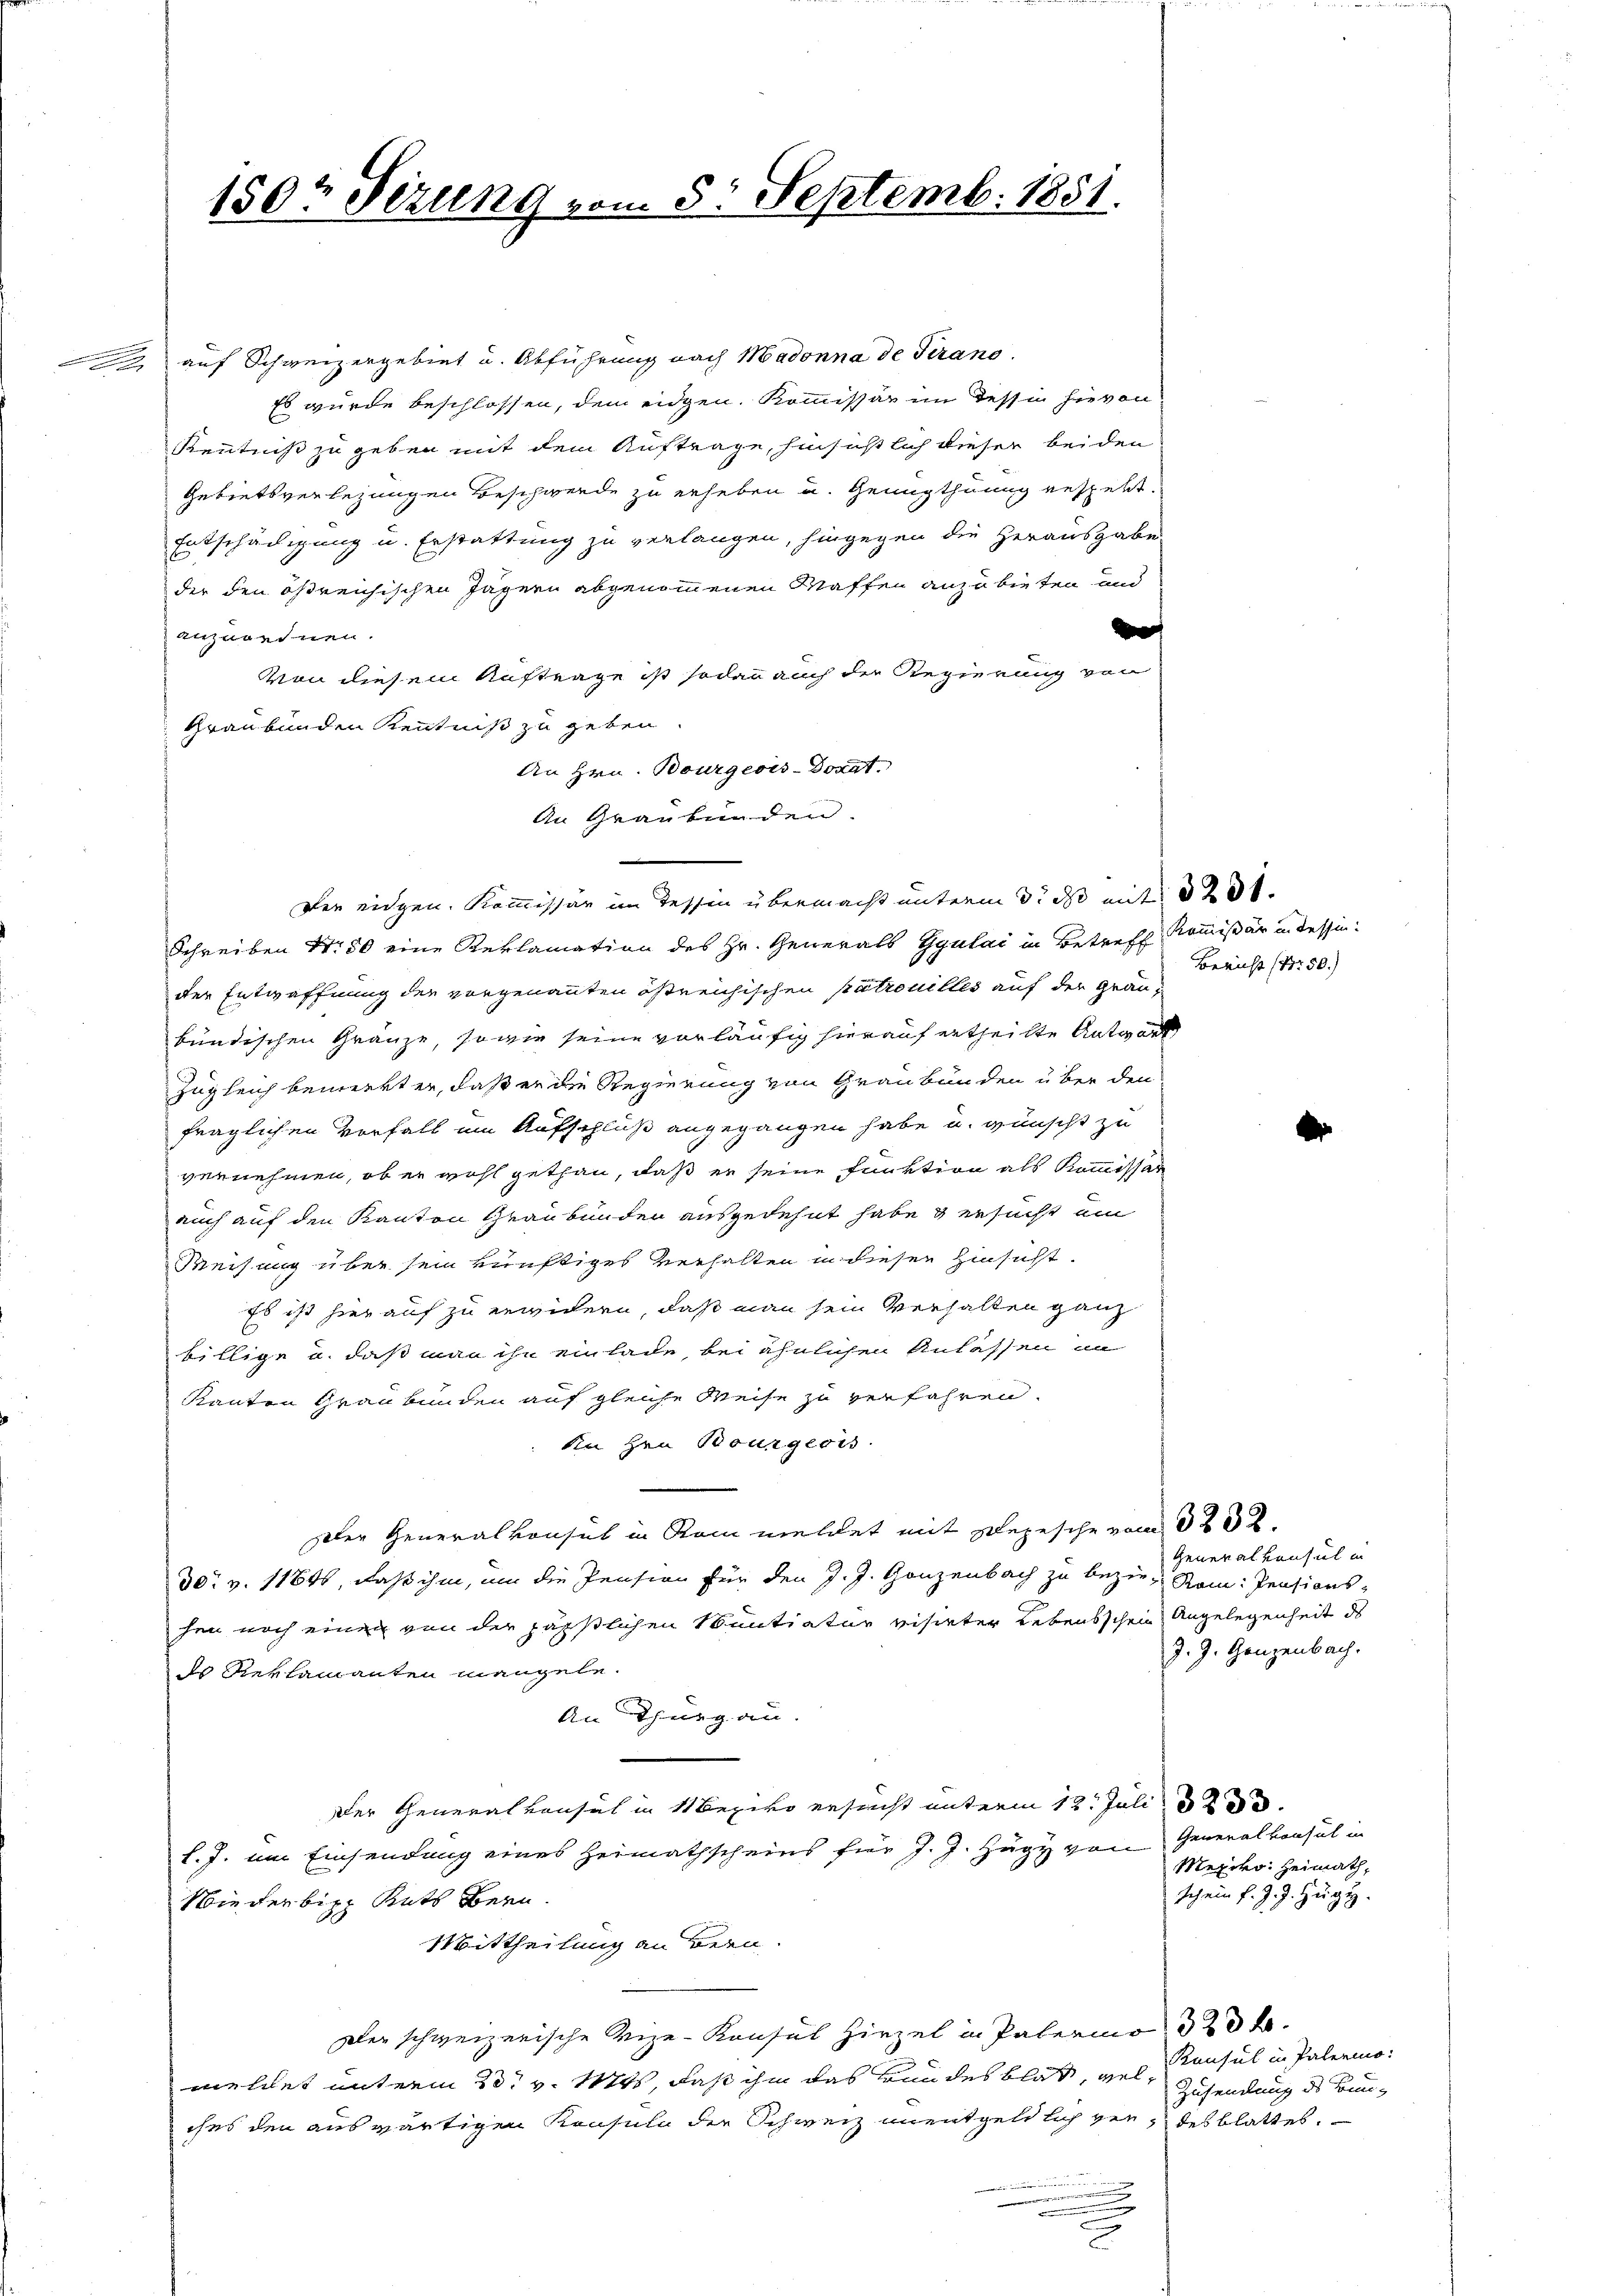
auf Schweizergebiet u. Abführung nach Madonna de Verano.
Es wurde beschlossen, dem eidgen. Kommissär im Tessin hievon
Kenntniß zu geben mit dem Auftrage, hinsichtlich dieser beiden
Gebietsverlegungen Beschwerde zu erheben u. Genugthuung gespekt.
Entschädigung u. Erstattung zu verlangen, hingegen die Herausgabe
der den Ohrreichischen Jägern abgenommenen Waffen anzubieten und

anzuordnen.
Von diesem Auftrage ist sodann auch der Regierung von
Graubünden Kenntniß zu geben.
An Hrn. Bourgeois-Donat.
An Graubünden.
Schreiben Nr. 50 eine Reklamation des Hr. Generals Gyulac in Betreff Kommißär in dessen:
der Entwaffnung der vorgenannten östreichischen Patrouilles auf der Graubündischen Gränze, sowie seine vorläufig hierauf ertheilte Antwort
zugleich bemerkter, daß er die Regierung von Graubünden über den
fraglichen Vorfall um Aufschluß angegangen habe u. wünscht zu
vernehmen, ob er wohl gethan, daß er seine Funktion als Kommissar
auch auf den Kanton Graubünder ausgedehnt habe & ersucht ein
Weisung über sein künftiges Verhalten in dieser Hinsicht.
Es ist hierauf zu erwidern, daß man sein Verhalten ganz
billige u. daß man ihn einlade, bei ähnlichen Anlassen in
Kanton Graubünden auf gleiche Weise zu verfahren.
An Hrn Bourgeois
Der Generalkonsul in Rom meldet mit Depesche vom 302.
30. v. 11846, daß ihm, um die Pension für den J. J. Ganzenbach zu bezie- Roi: Pensions-
hen noch einen von der hässlichen Muntiatur visirter Lebensschein Angelegenheit des
ds Reklamanten mangeln.
An Thurgau.
Der Generalkonsul in 11 Bezivo ersucht unterm 13. Juli
l. J. um Einsendung eines Heimathscheins für J. J. Hügy von Generalkonsul in
Wie verbitz Rats Bern.
Mittheilung an Bern.
Der schweizerische Vize-Konsul Hirzel in Palermo 323 f.
meldet unterm 23t v. 1874, daß ihm das Bundesblat, vel ansul in Palermoches den auswärtigen Konsula der Schweiz unentgeldlich vor, des blattes.
.
u
u
2

150t Sezung vom 8. Septemb. 1851.

Der eidgen. Kommissär im Tessin übermacht unterm 3. ds mit 320.

Bericht (S. 50.)

Generalkonsul in
J. J. Ganzenbach.

Mexiko. Heimath,
Ich ein f. J. J. Züge.

e

Zusendung des Bun-

¬